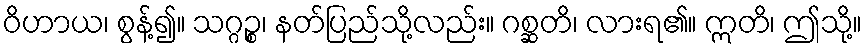
ဝိဟာယ၊ စွန့်၍။ သဂ္ဂဉ္စ၊ နတ်ပြည်သို့လည်း။ ဂစ္ဆတိ၊ လားရ၏။ ဣတိ၊ ဤသို့။